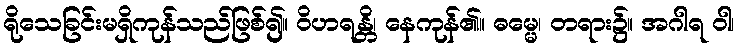
ရိုသေခြင်းမရှိကုန်သည်ဖြစ်၍။ ဝိဟရန္တိ၊ နေကုန်၏။ ဓမ္မေ၊ တရား၌။ အဂါရ ဝါ၊